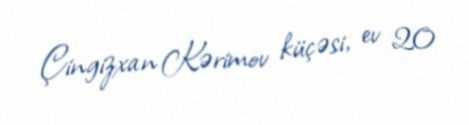
Çingizxan Kərimov küçəsi, ev 20